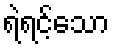
ရဲရင့်သော